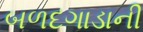
બળદગાડાની